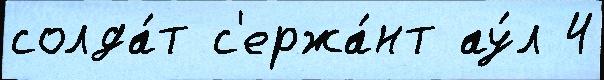
солда́т с'ержа́нт ау́л 4